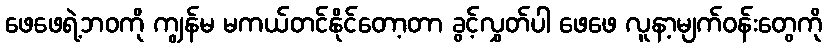
ဖေဖေရဲ့ဘဝကို ကျွန်မ မကယ်တင်နိုင်တော့တာ ခွင့်လွှတ်ပါ ဖေဖေ လူနာ့မျက်ဝန်းတွေကို